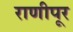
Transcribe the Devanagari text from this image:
राणीपूर